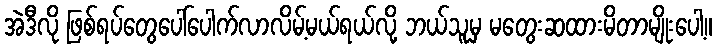
အဲဒီလို ဖြစ်ရပ်တွေပေါ်ပေါက်လာလိမ့်မယ်ရယ်လို့ ဘယ်သူမှ မတွေးဆထားမိတာမျိုးပေါ့။